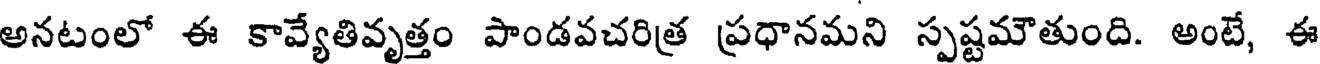
అనటంలో ఈ కావ్యేతివృత్తం పాండవచరిత్ర ప్రధానమని స్పష్టమౌతుంది. అంటే, ఈ